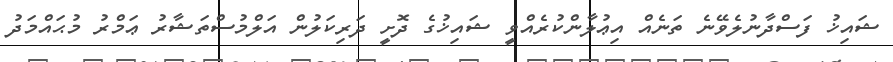
ޝައިޚު ފަސްދާނުލެވޭނެ ތަނެއް އިޢުލާންކުރެއްވީ ޝައިޚުގެ ދޮށީ ދަރިކަލުން އަލްމުސްތަޝާރު ޢަމްރު މުޙައްމަދު